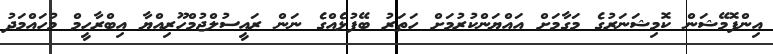
އިންފޮމޭޝަން ކޮމިޝަނަރުގެ މަގާމަށް އައްޔަންކުރުމަށް ހަތަރު ބޭފުޅެއްގެ ނަން ރައީސުލްޖުމްހޫރިއްޔާ އިބްރާހީމް މުހައްމަދު